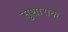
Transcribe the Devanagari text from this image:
सुशासक